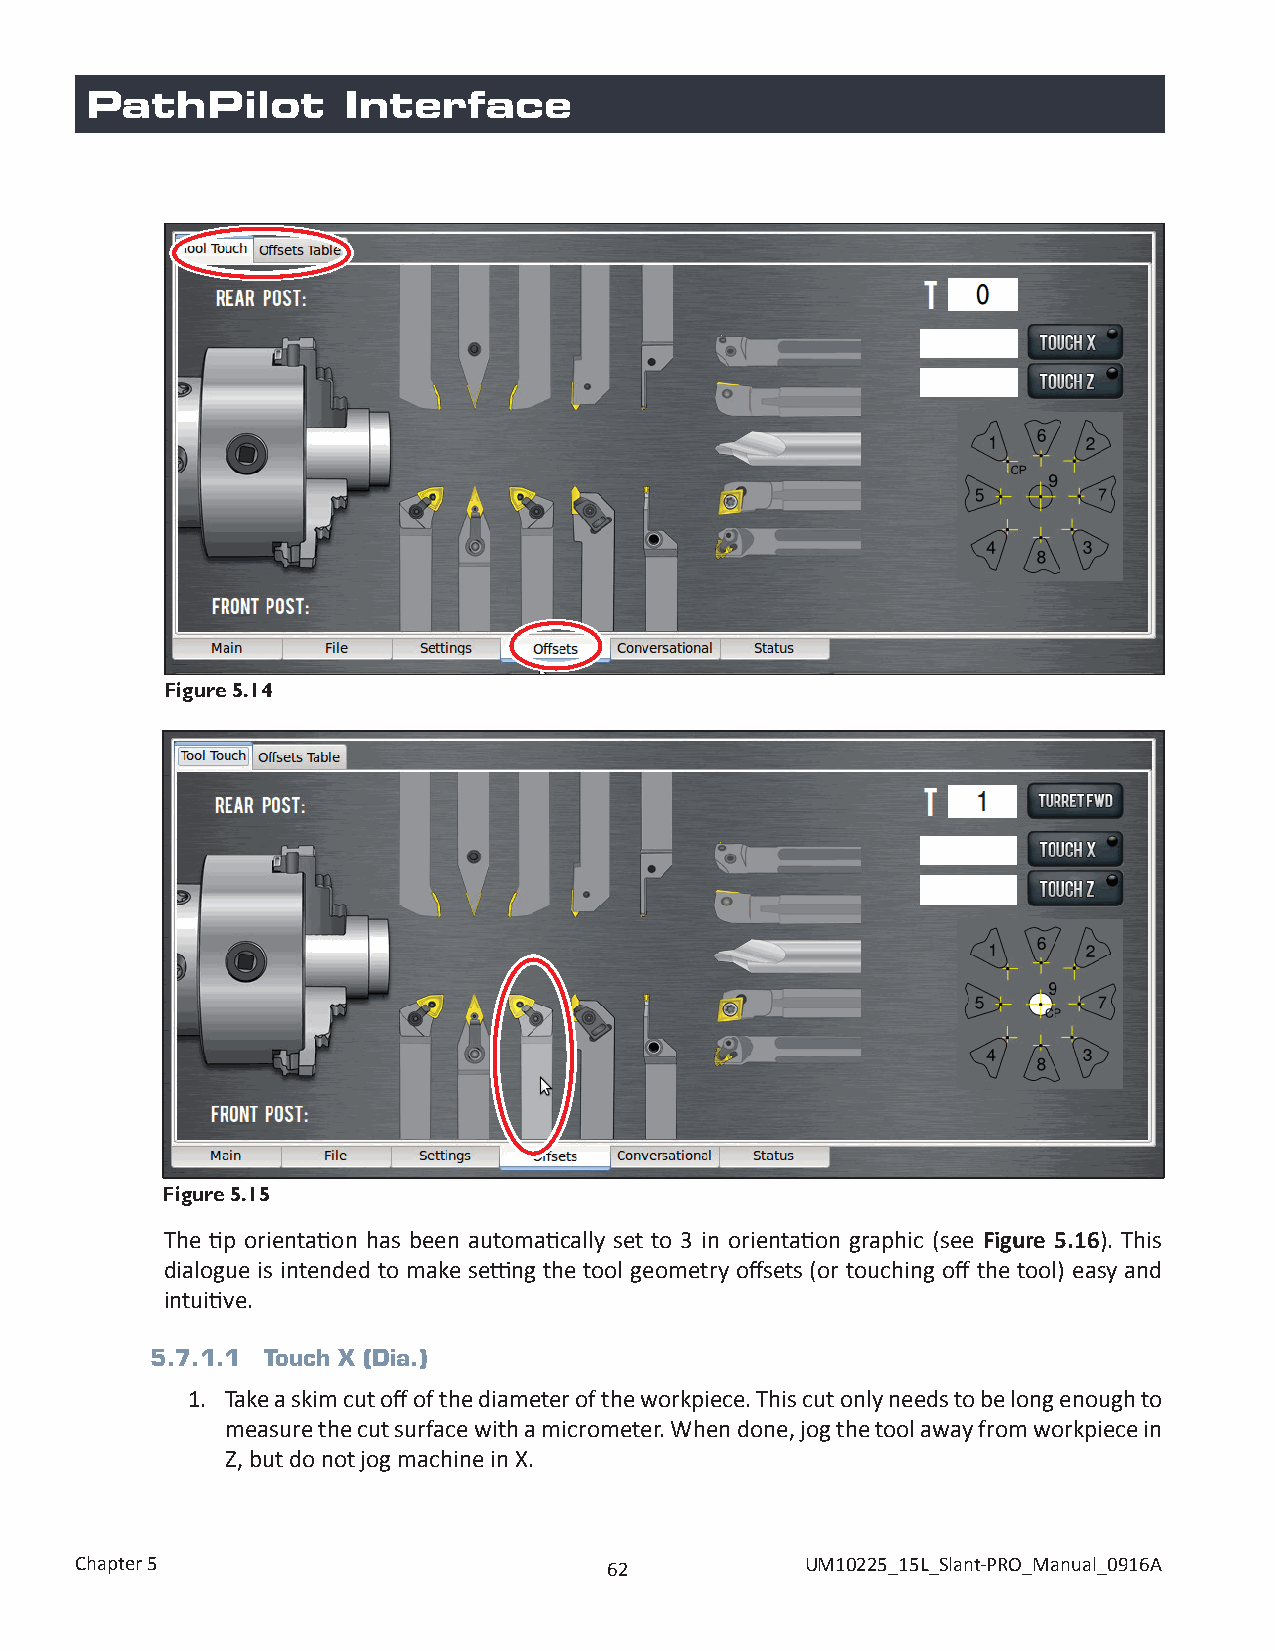
PathPilot        Interface
 Figure 5.14
 Figure 5.15
 The tip orientation has been automatically set to 3 in orientation graphic (see Figure 5.16). This
 dialogue is intended to make setting the tool geometry offsets (or touching off the tool) easy and
 intuitive.
 5.7.1.1 Touch X (Dia.)
 1. Take a skim cut off of the diameter of the workpiece. This cut only needs to be long enough to
 measure the cut surface with a micrometer. When done, jog the tool away from workpiece in
 Z, but do not jog machine in X.
 Chapter 5                          62           UM10225_15L_Slant-PRO_Manual_0916A